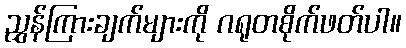
ညွှန်ကြားချက်များကို ဂရုတစိုက်ဖတ်ပါ။